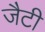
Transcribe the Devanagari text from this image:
जैटी